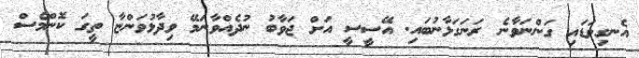
އެނގިވަޑައި ގަންނަވާނެ ރަނަގަޅާނުބައި. އޭސީސީ އަށް ޖަވާބު ނުދެއްވާނަމޭ ވިދާޅުވަންޏާ ތީގަ ކޮންމެސް